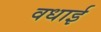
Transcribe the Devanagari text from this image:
वधाई